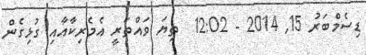
ޑިސެމްބަރު 15